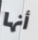
أنها